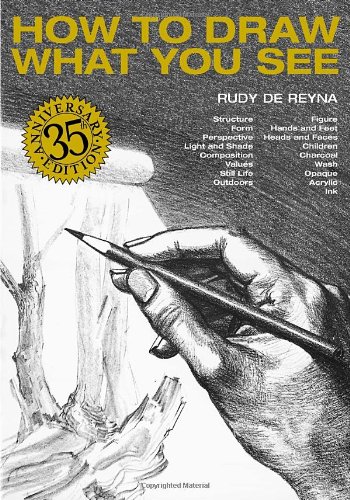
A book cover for How to Draw What You See; Rudy De Reyna; Arts & Photography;